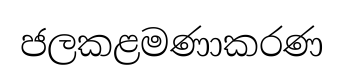
ජලකළමණාකරණ